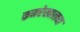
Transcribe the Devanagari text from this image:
कमरेखालचा